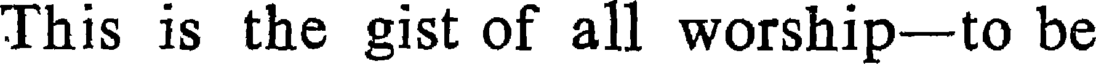
This is the gist of all worship-to be